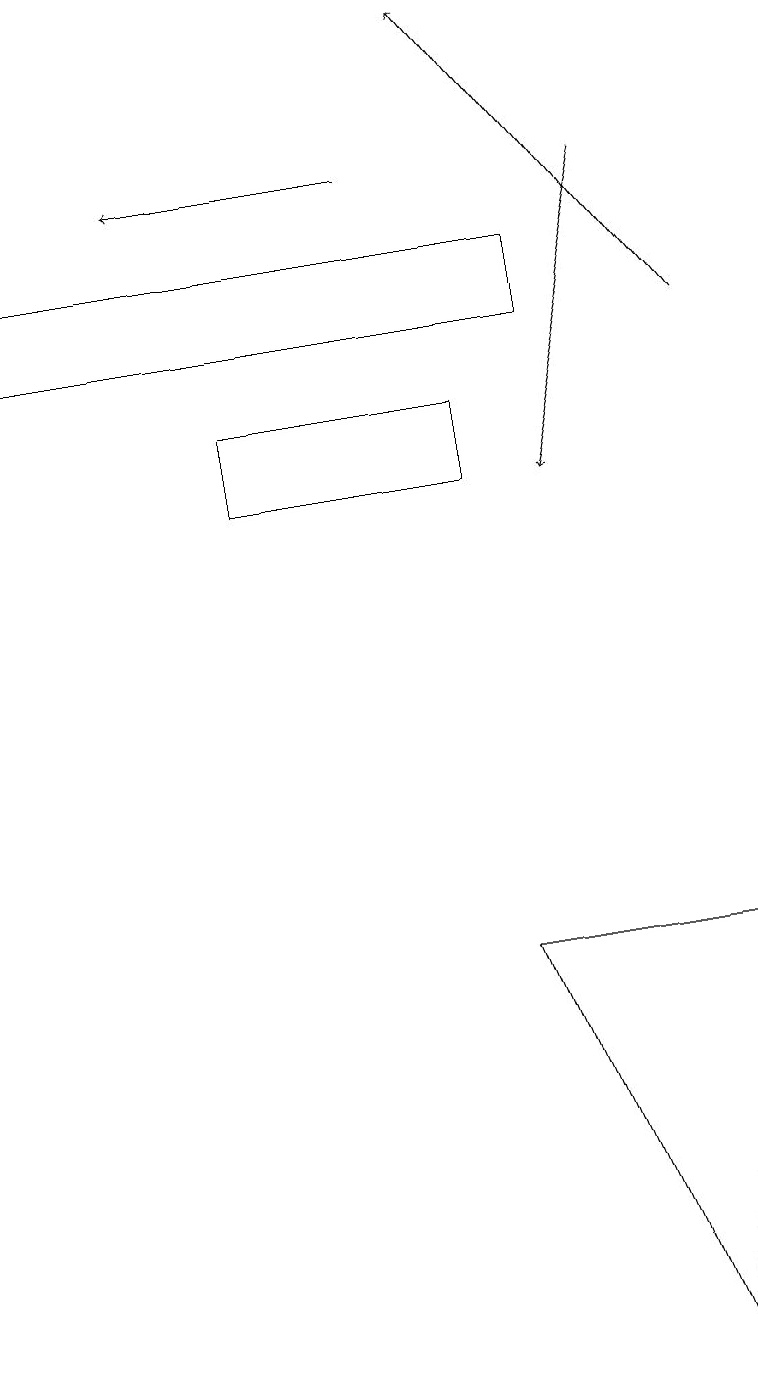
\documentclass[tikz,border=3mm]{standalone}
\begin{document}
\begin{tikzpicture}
\draw[->] (8,16) -- (7,12);
\draw (6,13) rectangle (3,12);
\draw[->] (5,16) -- (2,16);
\draw (8,1) -- (9,6) -- (6,6) -- cycle;
\draw (0,14) rectangle (7,15);
\draw[->] (9,14) -- (6,18);
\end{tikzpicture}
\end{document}